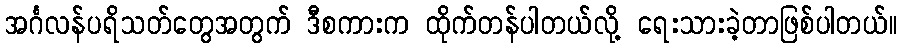
အင်္ဂလန်ပရိသတ်တွေအတွက် ဒီစကားက ထိုက်တန်ပါတယ်လို့ ရေးသားခဲ့တာဖြစ်ပါတယ်။